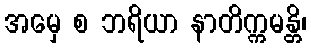
အမှေ စ ဘရိယာ နာတိက္ကမန္တိ၊